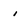
Character: i